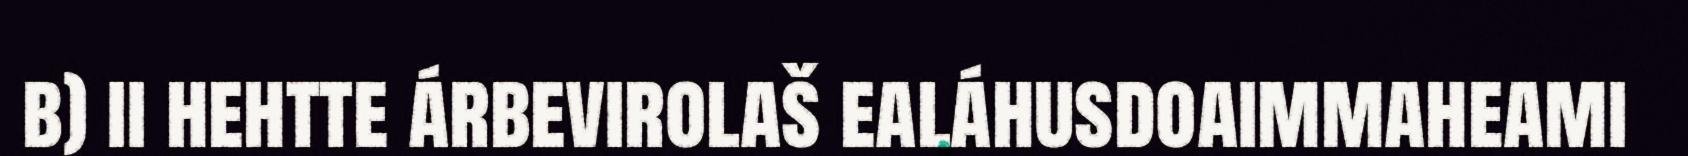
b) ii hehtte árbevirolaš ealáhusdoaimmaheami